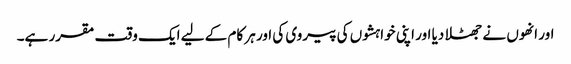
اور انھوں نے جھٹلا دیا اور اپنی خواہشوں کی پیروی کی اور ہر کام کے لیے ایک وقت مقرر ہے۔